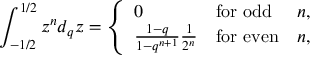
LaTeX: \int _ { - 1 / 2 } ^ { 1 / 2 } z ^ { n } d _ { q } z = \left\{ \begin{array} { l l l } { { 0 } } & { { \mathrm { f o r ~ o d d } } } & { { n , } } \\ { { \frac { 1 - q } { 1 - q ^ { n + 1 } } \frac { 1 } { 2 ^ { n } } } } & { { \mathrm { f o r ~ e v e n } } } & { { n , } } \end{array} \right.